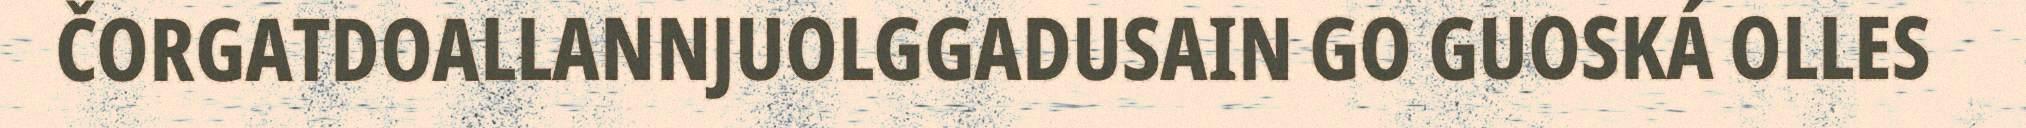
ČORGATDOALLANNJUOLGGADUSAIN GO GUOSKÁ OLLES